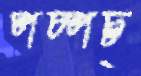
পচ্‌পচ্‌